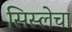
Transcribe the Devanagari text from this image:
सिस्लेचा